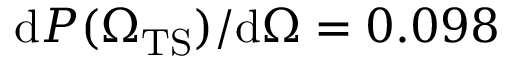
\mathrm { d } P ( { \Omega _ { \mathrm { T S } } } ) / \mathrm { d } \Omega = 0 . 0 9 8